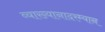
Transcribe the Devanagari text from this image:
व्याख्यानादरम्यान